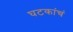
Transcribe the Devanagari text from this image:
घटकांचं